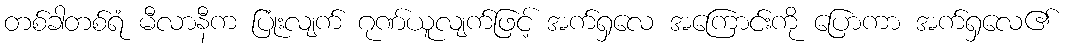
တစ်ခါတစ်ရံ မီလာနီက ပြုံးလျက် ဂုဏ်ယူလျက်ဖြင့် အက်ရှလေ အကြောင်းကို ပြောကာ အက်ရှလေ၏